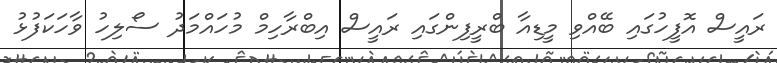
ރައީސް އޮފީހުގައި ބޭއްވި މީޑިއާ ބްރީފިންގައި ރައީސް އިބްރާހިމް މުހައްމަދު ސޯލިހު ވާހަކަފުޅު